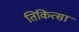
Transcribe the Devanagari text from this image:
तिकित्सा